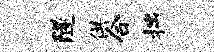
隧供合拙